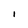
Character: I